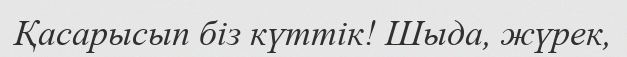
Қасарысып біз күттік! Шыда, жүрек,